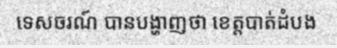
ទេសចរណ៍ បានបង្ហាញថា ខេត្តបាត់ដំបង